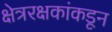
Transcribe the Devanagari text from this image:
क्षेत्ररक्षकांकडून